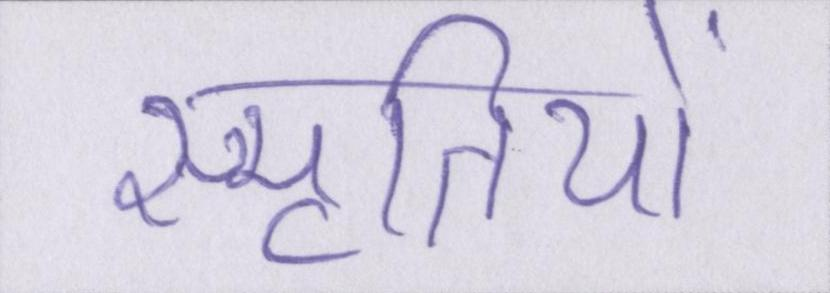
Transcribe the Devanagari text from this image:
स्मृतियों